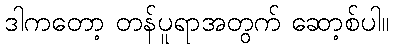
ဒါကတော့ တန်ပူရာအတွက် ဆော့စ်ပါ။